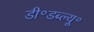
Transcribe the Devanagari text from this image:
डी॰डब्ल्यू॰